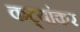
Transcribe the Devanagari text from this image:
कट्यांकर